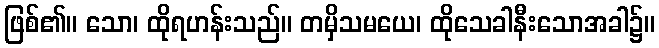
ဖြစ်၏။ သော၊ ထိုရဟန်းသည်။ တမှိသမယေ၊ ထိုသေခါနီးသောအခါ၌။